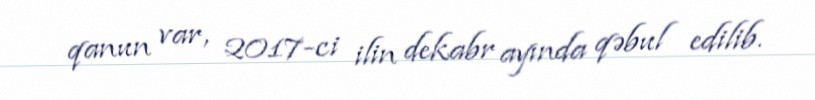
qanun var, 2017-ci ilin dekabr ayında qəbul edilib.